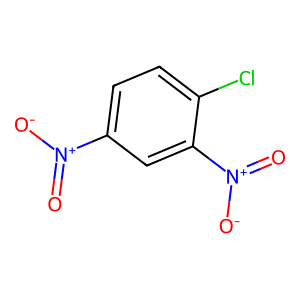
SMILES: O=[N+]([O-])c1ccc(Cl)c([N+](=O)[O-])c1
Inhibits HIV replication: No